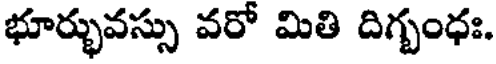
భూర్భువస్సు వరో మితి దిగ్బంధః.